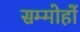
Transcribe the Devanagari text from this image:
सम्मोहों